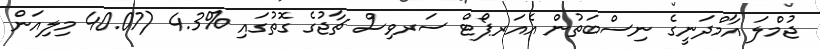
ޖުމްލަ އާމްދަނީގެ ނިސްބަތުން އެއަރޕޯޓް ސަރވިސް ޗާޖުގެ ގޮތުގައި %4.3 (40.07 މިލިއަން